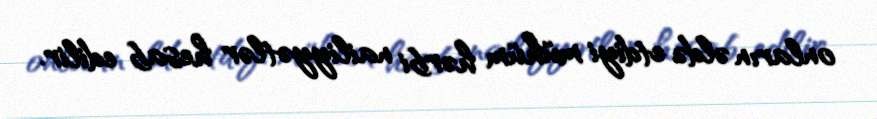
onların əldə etdiyi mühüm hərbi nailiyyətlər hesab edilir.